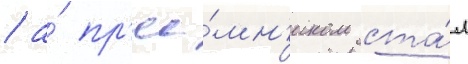
/ а́ пр'ее́мн'иком ста́л